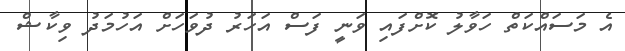
އެ މަސައްކަތް ހަވާލު ކޮށްފައި ވަނީ ފަސް އަހަރު ދުވަހަށް އަހުމަދު ވިކާޝް